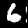
Digit: 6